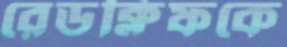
রেডক্লিফকে